Code of medical and sanitary regulations for the guidance of medical officers serving in the Madras Presidency - Volume I
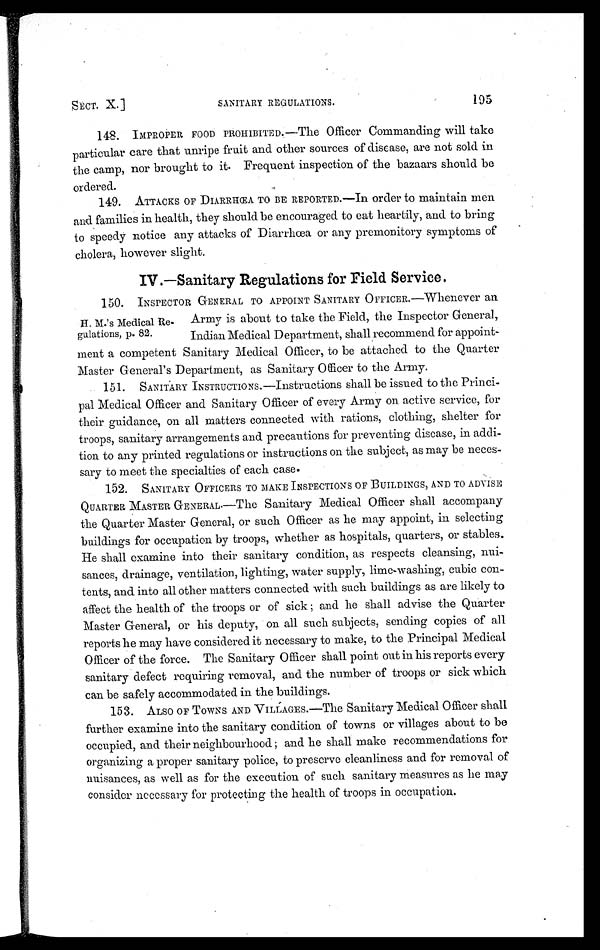
SECT. X.]
SANITARY REGULATIONS.
195
148. IMPROPER FOOD PROHIBITED.—The Officer Commanding will take
particular care that unripe fruit and other sources of disease, are not sold in
the camp, nor brought to it. Frequent inspection of the bazaars should be
ordered.
149. ATTACKS OF DIARRHŒA TO BE REPORTED.—In order to maintain men
and families in health, they should be encouraged to eat heartily, and to bring
to speedy notice any attacks of Diarrhœa or any premonitory symptoms of
cholera, however sligh t.
IV.—Sanitary Regulations for Field Service.
150.INSPECTOR GENERAL TO APPOINT SANITARY OFFICER.—Whenever an
Army is about to take the Field, the Inspector General,
Indian Medical Department, shall recommend for appoint-
ment a competent Sanitary Medical Officer, to be attached to the Quarter
Master General's Department, as Sanitary Officer to the Army.
151. SANITARY INSTRUCTIONS.—Instructions shall be issued to the Princi-
pal Medical Officer and Sanitary Officer of every Army on active service, for
their guidance, on all matters connected with rations, clothing, shelter for
troops, sanitary arrangements and precautions for preventing disease, in addi-
tion to any printed regulations or instructions on the subject, as may be neces-
sary to meet the specialties of each case.
152. SANITARY OFFICERS TO MAKE INSPECTIONS OF BUILDINGS, AND TO ADVISE
QUARTER MASTER GENERAL.—The Sanitary Medical Officer shall accompany
the Quarter Master General, or such Officer as he may appoint, in selecting
buildings for occupation by troops, whether as hospitals, quarters, or stables.
He shall examine into their sanitary condition, as respects cleansing, nui-
sances, drainage, ventilation, lighting, water supply, lime-washing, cubic con-
tents, and into all other matters connected with such buildings as are likely to
affect the health of the troops or of sick ; and he shall advise the Quarter
Master General, or his deputy, on all such subjects, sending copies of all
reports he may have considered it necessary to make, to the Principal Medical
Officer of the force. The Sanitary Officer shall point out in his reports every
sanitary defect requiring removal, and the number of troops or sick which
can be safely accommodated in the buildings.
153. ALSO OF TOWNS AND VILLAGES.—The Sanitary Medical Officer shall
further examine into the sanitary condition of towns or villages about to be
occupied, and their neighbourhood ; and he shall make recommendations for
organizing a proper sanitary police, to preserve cleanliness and for removal of
nuisances, as well as for the execution of such sanitary measures as he may
consider necessary for protecting the health of troops in occupation.
H. M.'s Medical Re-
gulations, p. 82.